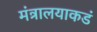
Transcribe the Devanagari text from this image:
मंत्रालयाकडं